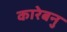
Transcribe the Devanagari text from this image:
कारेबनु